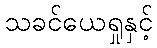
သခင်ယေရှုနှင့်